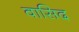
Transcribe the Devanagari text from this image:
वासिद